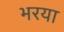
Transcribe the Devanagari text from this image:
भरया